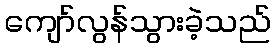
ကျော်လွန်သွားခဲ့သည်